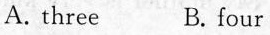
A. three B. four